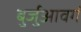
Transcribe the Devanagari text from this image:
बुर्जुआवर्ग